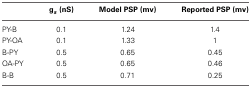
<table><thead><tr><td></td><td><b>g<sub><i>s</i></sub> (nS)</b></td><td><b>Model PSP (mv)</b></td><td><b>Reported PSP (mv)</b></td></tr></thead><tbody><tr><td>PY-B</td><td>0.1</td><td>1.24</td><td>1.4</td></tr><tr><td>PY-OA</td><td>0.1</td><td>1.33</td><td>1</td></tr><tr><td>B-PY</td><td>0.5</td><td>0.65</td><td>0.45</td></tr><tr><td>OA-PY</td><td>0.5</td><td>0.65</td><td>0.46</td></tr><tr><td>B-B</td><td>0.5</td><td>0.71</td><td>0.25</td></tr></tbody></table>